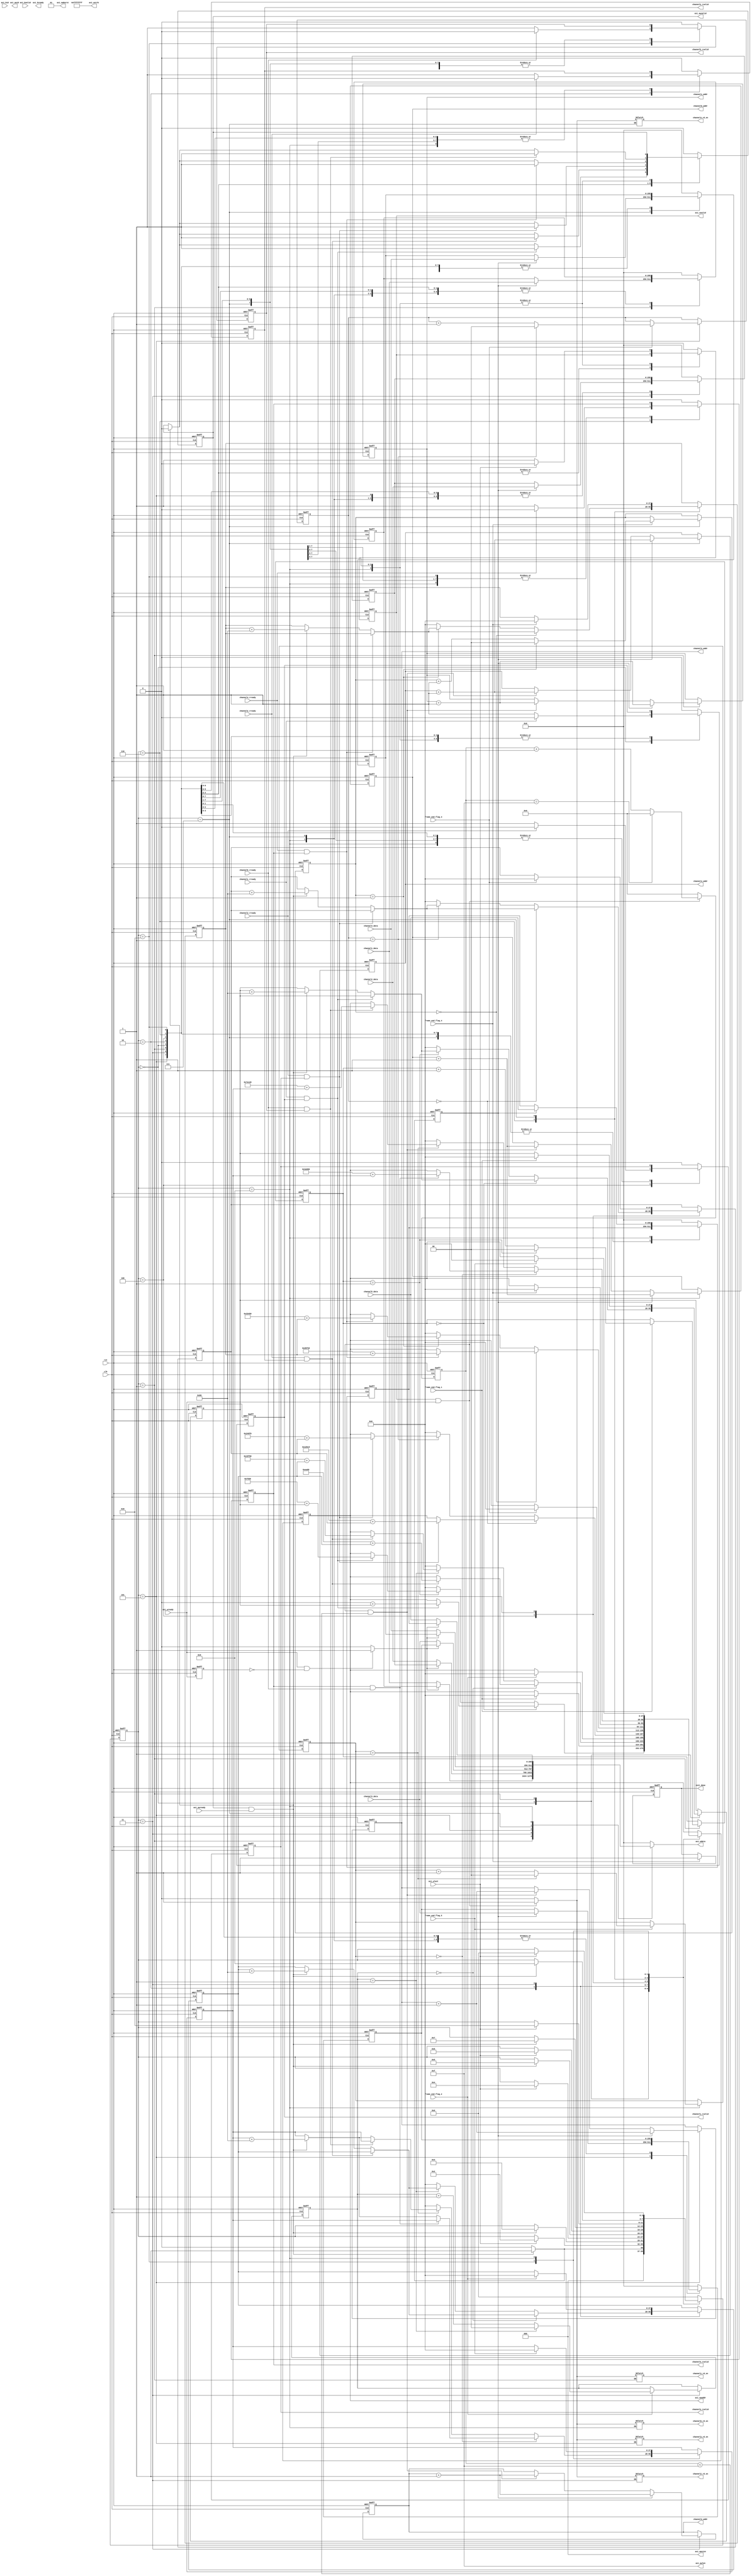
/* =======================================================================
* Copyright (c) 2023, MongooseOrion.
* All rights reserved.
*
* The following code snippet may contain portions that are derived from
* OPEN-SOURCE communities, and these portions will be licensed with: 
*
* <NULL>
*
* If there is no OPEN-SOURCE licenses are listed, it indicates none of
* content in this Code document is sourced from OPEN-SOURCE communities. 
*
* In this case, the document is protected by copyright, and any use of
* all or part of its content by individuals, organizations, or companies
* without authorization is prohibited, unless the project repository
* associated with this document has added relevant OPEN-SOURCE licenses
* by github.com/MongooseOrion. 
*
* Please make sure using the content of this document in accordance with 
* the respective OPEN-SOURCE licenses. 
* 
* THIS CODE IS PROVIDED BY https://github.com/MongooseOrion. 
* FILE ENCODER TYPE: GBK
* ========================================================================
*/
//  AXI  ddr 
//
module axi_interconnect_wr #(
    parameter MEM_ROW_WIDTH        = 15    ,
    parameter MEM_COLUMN_WIDTH     = 10    ,
    parameter MEM_BANK_WIDTH       = 3     ,
    parameter CTRL_ADDR_WIDTH = MEM_ROW_WIDTH + MEM_BANK_WIDTH + MEM_COLUMN_WIDTH,
    parameter M_ADDR_WIDTH      = 5'd5,             // buf 
    parameter S_ADDR_WIDTH      = 6'd40,
    parameter AXI_ADDR_WIDTH    = 6'd27,
    parameter DQ_WIDTH          = 12'd32,
    parameter BURST_LEN         = 12'd16,
    parameter PIX_WIDTH         = 12'd16,
    parameter LINE_ADDR_WIDTH   = 16'd19,
    parameter FRAME_CNT_WIDTH   = 16'd8
)(
    input                               clk,                // ddr core clk
    input                               rst,
    //  1
    output reg  [M_ADDR_WIDTH-1'b1:0]   channel1_addr   ,
    output reg                          channel1_rvalid ,
    output reg                          channel1_rd_en  ,
    input                               channel1_rready ,
    input       [DQ_WIDTH*8-1'b1:0]     channel1_data   ,
    input                               frame_end_flag_1,
    //  2
    output reg  [M_ADDR_WIDTH-1'b1:0]   channel2_addr   ,
    output reg                          channel2_rvalid ,
    output reg                          channel2_rd_en  ,
    input                               channel2_rready ,
    input       [DQ_WIDTH*8-1'b1:0]     channel2_data   ,
    input                               frame_end_flag_2,
    //  3
    output reg  [M_ADDR_WIDTH-1'b1:0]   channel3_addr   ,
    output reg                          channel3_rvalid ,
    output reg                          channel3_rd_en  ,
    input                               channel3_rready ,
    input       [DQ_WIDTH*8-1'b1:0]     channel3_data   ,
    input                               frame_end_flag_3,
    //  4
    output reg  [M_ADDR_WIDTH-1'b1:0]   channel4_addr   ,
    output reg                          channel4_rvalid ,
    output reg                          channel4_rd_en  ,
    input                               channel4_rready ,
    input       [DQ_WIDTH*8-1'b1:0]     channel4_data   ,
    input                               frame_end_flag_4,
    //  5
    output reg  [M_ADDR_WIDTH-1'b1:0]   channel5_addr   ,
    output reg                          channel5_rvalid ,
    output reg                          channel5_rd_en  ,
    input                               channel5_rready ,
    input       [DQ_WIDTH*8-1'b1:0]     channel5_data   ,
    input                               frame_end_flag_5,

    output reg                          init_done       /*synthesis PAP_MARK_DEBUG="1"*/,

    // AXI WRITE INTERFACE
    output [CTRL_ADDR_WIDTH-1:0]        axi_awaddr      ,
    output [3:0]                        axi_awid        ,
    output [3:0]                        axi_awlen       ,
    output [2:0]                        axi_awsize      ,
    output [1:0]                        axi_awburst     ,
    input                               axi_awready     ,
    output                              axi_awvalid     ,

    output [DQ_WIDTH*8-1'b1:0]          axi_wdata       ,
    output [DQ_WIDTH -1'b1 :0]          axi_wstrb       ,
    input                               axi_wlast       ,
    output                              axi_wvalid      ,
    input                               axi_wready      ,

    input  [3:0]                        axi_bid         ,
    input                               axi_bvalid      ,
    output                              axi_bready      
);

parameter   INIT_WAIT = 4'b0000,       // 
            CH_1 = 4'b0001,
            CH2_WAIT = 4'b0010,
            CH_2 = 4'b0011,
            CH3_WAIT = 4'b0100,
            CH_3 = 4'b0101,
            CH4_WAIT = 4'b0110,
            CH_4 = 4'b0111,
            CH5_WAIT = 4'b1000,
            CH_5 = 4'b1001;
// 
parameter FRAME_ADDR_OFFSET_1 = 'd30_000;
parameter FRAME_ADDR_OFFSET_2 = 'd260_000;
parameter   ADDR_OFFSET_1 = 'd0,                    
            ADDR_OFFSET_2 = FRAME_ADDR_OFFSET_1 * 2,  
            ADDR_OFFSET_3 = ADDR_OFFSET_2 + 2 * (FRAME_ADDR_OFFSET_1),      // 
            ADDR_OFFSET_4 = ADDR_OFFSET_3 + 2 * (FRAME_ADDR_OFFSET_1),
            ADDR_OFFSET_5 = ADDR_OFFSET_4 + 2 * (FRAME_ADDR_OFFSET_1);
parameter ADDR_STEP = BURST_LEN * 8;       // 1  32  DQ 

wire                            pose_axi_wready ;

reg [CTRL_ADDR_WIDTH-1:0]       reg_axi_awaddr  ;
reg                             reg_axi_awvalid ;
reg [DQ_WIDTH*8-1'b1:0]         reg_axi_wdata   ;
reg                             reg_axi_wvalid  ;
reg                             reg_axi_bready  ;
reg                             reg_axi_rready  ;

reg [3:0]                       buf_rd_state        ;
reg                             axi_wr_en           ;
reg                             axi_wready_temp     ;
reg [4:0]                       burst_len_count     ;
reg                             addr_head_flag      ;
reg [DQ_WIDTH*8-1'b1:0]         channel1_data_d1    ;
reg [DQ_WIDTH*8-1'b1:0]         channel2_data_d1    ;
reg [DQ_WIDTH*8-1'b1:0]         channel3_data_d1    ;
reg [DQ_WIDTH*8-1'b1:0]         channel4_data_d1    ;
reg [DQ_WIDTH*8-1'b1:0]         channel5_data_d1    ;
reg [1:0]                       frame_addr_count_1  ;
reg [1:0]                       frame_addr_count_2  ;
reg [1:0]                       frame_addr_count_3  ;
reg [1:0]                       frame_addr_count_4  ;
reg [1:0]                       frame_addr_count_5  ;
reg [CTRL_ADDR_WIDTH-1:0]       reg_axi_awaddr_1    ;
reg [CTRL_ADDR_WIDTH-1:0]       reg_axi_awaddr_2    ;
reg [CTRL_ADDR_WIDTH-1:0]       reg_axi_awaddr_3    ;
reg [CTRL_ADDR_WIDTH-1:0]       reg_axi_awaddr_4    ;
reg [CTRL_ADDR_WIDTH-1:0]       reg_axi_awaddr_5    ;

assign axi_awaddr   = reg_axi_awaddr        ;
assign axi_awvalid  = reg_axi_awvalid       ;
assign axi_awlen    = BURST_LEN - 1'b1      ;   // 16
assign axi_awsize   = DQ_WIDTH              ;   // DATA_LEN = 256
assign axi_awburst  = 2'b01                 ;
assign axi_wdata    = reg_axi_wdata         ;
assign axi_wvalid   = reg_axi_wvalid        ;
assign axi_wstrb    = {DQ_WIDTH{1'b1}}      ;
assign axi_bready   = reg_axi_bready        ;


// 
always @(posedge clk or negedge rst) begin
    if(!rst) begin
        buf_rd_state <= 'b0;
    end
    else begin
        case(buf_rd_state)
            INIT_WAIT: begin                //  buf  axi 
                if((axi_awvalid == 1'b1) && (axi_awready == 1'b1)) begin
                    buf_rd_state <= CH_1;
                end
                else begin
                    buf_rd_state <= INIT_WAIT;
                end
            end
            CH_1: begin                     //  buf  axi 
                //if((axi_bready == 1'b1) && (axi_bvalid == 1'b1)) begin
                if(axi_wlast) begin
                    buf_rd_state <= CH2_WAIT;
                end
                else begin
                    buf_rd_state <= buf_rd_state;
                end
            end
            CH2_WAIT: begin
                if((axi_awvalid == 1'b1) && (axi_awready == 1'b1)) begin
                    buf_rd_state <= CH_2;
                end
                else begin
                    buf_rd_state <= buf_rd_state;
                end
            end
            CH_2: begin
                //if((axi_bready == 1'b1) && (axi_bvalid == 1'b1)) begin
                if(axi_wlast) begin
                    buf_rd_state <= CH3_WAIT;
                end
                else begin
                    buf_rd_state <= buf_rd_state;
                end
            end
            CH3_WAIT: begin
                if((axi_awvalid == 1'b1) && (axi_awready == 1'b1)) begin
                    buf_rd_state <= CH_3;
                end
                else begin
                    buf_rd_state <= buf_rd_state;
                end
            end
            CH_3: begin
                //if((axi_bready == 1'b1) && (axi_bvalid == 1'b1)) begin
                if(axi_wlast) begin
                    buf_rd_state <= CH4_WAIT;
                end
                else begin
                    buf_rd_state <= buf_rd_state;
                end
            end
            CH4_WAIT: begin
                if((axi_awvalid == 1'b1) && (axi_awready == 1'b1)) begin
                    buf_rd_state <= CH_4;
                end
                else begin
                    buf_rd_state <= buf_rd_state;
                end
            end
            CH_4: begin
                //if((axi_bready == 1'b1) && (axi_bvalid == 1'b1))begin
                if(axi_wlast) begin
                    buf_rd_state <= CH5_WAIT;
                end
                else begin
                    buf_rd_state <= buf_rd_state;
                end
            end
            CH5_WAIT: begin
                if((axi_awvalid == 1'b1) && (axi_awready == 1'b1)) begin
                    buf_rd_state <= CH_5;
                end
                else begin
                    buf_rd_state <= buf_rd_state;
                end
            end
            CH_5: begin
                //if((axi_bready == 1'b1) && (axi_bvalid == 1'b1)) begin
                if(axi_wlast) begin
                    buf_rd_state <= INIT_WAIT;
                end
                else begin
                    buf_rd_state <= buf_rd_state;
                end
            end
            default: buf_rd_state <= INIT_WAIT;
        endcase
    end
end


// 
always @(posedge clk or negedge rst) begin
    if(!rst) begin
        channel1_rvalid <= 'b0;
        channel2_rvalid <= 'b0;
        channel3_rvalid <= 'b0;
        channel4_rvalid <= 'b0;
        channel5_rvalid <= 'b0;
        reg_axi_awvalid <= 'b0;
        reg_axi_wvalid <= 'b0;
    end
    else begin
        case(buf_rd_state)
            INIT_WAIT: begin
                if(channel1_rready) begin               // buf 
                    channel1_rvalid <= 1'b0;
                end
                else begin
                    channel1_rvalid <= 1'b1;
                end
                if((channel1_rready == 1'b1) && (channel1_rvalid == 1'b1)) begin    // axi 
                    reg_axi_awvalid <= 1'b1;
                end
                else if((axi_awready == 1'b1) && (axi_awvalid == 1'b1)) begin
                    reg_axi_awvalid <= 1'b0;
                end
                else begin
                    reg_axi_awvalid <= reg_axi_awvalid;
                end
            end
            CH_1: begin
                if(axi_wlast) begin
                    reg_axi_wvalid <= 1'b0;
                end
                else begin
                    reg_axi_wvalid <= 1'b1;
                end
            end
            CH2_WAIT: begin
                if(channel2_rready) begin               // buf 
                    channel2_rvalid <= 1'b0;
                end
                else begin
                    channel2_rvalid <= 1'b1;
                end
                if((channel2_rready == 1'b1) && (channel2_rvalid == 1'b1)) begin    // axi 
                    reg_axi_awvalid <= 1'b1;
                end
                else if((axi_awready == 1'b1) && (axi_awvalid == 1'b1)) begin
                    reg_axi_awvalid <= 1'b0;
                end
                else begin
                    reg_axi_awvalid <= reg_axi_awvalid;
                end
            end
            CH_2: begin
                if(axi_wlast) begin
                    reg_axi_wvalid <= 1'b0;
                end
                else begin
                    reg_axi_wvalid <= 1'b1;
                end
            end
            CH3_WAIT: begin
                if(channel3_rready) begin               // buf 
                    channel3_rvalid <= 1'b0;
                end
                else begin
                    channel3_rvalid <= 1'b1;
                end
                if((channel3_rready == 1'b1) && (channel3_rvalid == 1'b1)) begin    // axi 
                    reg_axi_awvalid <= 1'b1;
                end
                else if((axi_awready == 1'b1) && (axi_awvalid == 1'b1)) begin
                    reg_axi_awvalid <= 1'b0;
                end
                else begin
                    reg_axi_awvalid <= reg_axi_awvalid;
                end
            end
            CH_3: begin
                if(axi_wlast) begin
                    reg_axi_wvalid <= 1'b0;
                end
                else begin
                    reg_axi_wvalid <= 1'b1;
                end
            end
            CH4_WAIT: begin
                if(channel4_rready) begin               // buf 
                    channel4_rvalid <= 1'b0;
                end
                else begin
                    channel4_rvalid <= 1'b1;
                end
                if((channel4_rready == 1'b1) && (channel4_rvalid == 1'b1)) begin    // axi 
                    reg_axi_awvalid <= 1'b1;
                end
                else if((axi_awready == 1'b1) && (axi_awvalid == 1'b1)) begin
                    reg_axi_awvalid <= 1'b0;
                end
                else begin
                    reg_axi_awvalid <= reg_axi_awvalid;
                end
            end
            CH_4: begin
                if(axi_wlast) begin
                    reg_axi_wvalid <= 1'b0;
                end
                else begin
                    reg_axi_wvalid <= 1'b1;
                end
            end
            CH5_WAIT: begin
                if(channel5_rready) begin               // buf 
                    channel5_rvalid <= 1'b0;
                end
                else begin
                    channel5_rvalid <= 1'b1;
                end
                if((channel5_rready == 1'b1) && (channel5_rvalid == 1'b1)) begin    // axi 
                    reg_axi_awvalid <= 1'b1;
                end
                else if((axi_awready == 1'b1) && (axi_awvalid == 1'b1)) begin
                    reg_axi_awvalid <= 1'b0;
                end
                else begin
                    reg_axi_awvalid <= reg_axi_awvalid;
                end
            end
            CH_5: begin
                if(axi_wlast) begin
                    reg_axi_wvalid <= 1'b0;
                end
                else begin
                    reg_axi_wvalid <= 1'b1;
                end
            end
            default: begin
                channel1_rvalid <= 1'b0;
                channel2_rvalid <= 1'b0;
                channel3_rvalid <= 1'b0;
                channel4_rvalid <= 1'b0;
                channel5_rvalid <= 1'b0;
                reg_axi_awvalid <= 1'b0;
                reg_axi_wvalid <= 1'b0;
            end
        endcase
    end
end


// 
always @(posedge clk or negedge rst) begin
    if(!rst) begin
        burst_len_count <= 'b0;
    end
    else if((axi_wvalid == 1'b1) && (axi_wready == 1'b1)) begin
        if(burst_len_count == BURST_LEN - 1'b1) begin
            burst_len_count <= 'b0;
        end
        else begin
            burst_len_count <= burst_len_count + 1'b1;
        end
    end
    else begin
        burst_len_count <= 5'b0;
    end
end


//  buf 
always @(posedge clk or negedge rst) begin
    if(!rst) begin
        addr_head_flag <= 'b0;
    end
    else if((axi_awvalid == 1'b1) && (axi_awready == 1'b1)) begin
        addr_head_flag <= 1'b1;
    end
    else begin
        addr_head_flag <= 1'b0;
    end
end


// wready 
always @(posedge clk or negedge rst) begin
    if(!rst) begin
        axi_wready_temp <= 'b0;
    end
    else begin
        axi_wready_temp <= axi_wready;
    end
end
assign pose_axi_wready = ((axi_wready) && (~axi_wready_temp)) ? 1'b1 : 1'b0;


//  buf 
always @(*) begin
    case(buf_rd_state)
        CH_1: channel1_rd_en = (axi_wvalid && axi_wready) ? 1'b1: 1'b0;
        CH_2: channel2_rd_en = (axi_wvalid && axi_wready) ? 1'b1: 1'b0;
        CH_3: channel3_rd_en = (axi_wvalid && axi_wready) ? 1'b1: 1'b0;
        CH_4: channel4_rd_en = (axi_wvalid && axi_wready) ? 1'b1: 1'b0;
        CH_5: channel5_rd_en = (axi_wvalid && axi_wready) ? 1'b1: 1'b0;
    endcase
end


// buffer AXI  wvalid 
always @(posedge clk or negedge rst) begin
    if(!rst) begin
        channel1_addr <= 'b0;
        channel2_addr <= 'b0;
        channel3_addr <= 'b0;
        channel4_addr <= 'b0;
        channel5_addr <= 'b0;
        frame_addr_count_1 <= 'b0;
        frame_addr_count_2 <= 'b0;
        frame_addr_count_3 <= 'b0;
        frame_addr_count_4 <= 'b0;
        frame_addr_count_5 <= 'b0;
        reg_axi_awaddr_1 <= 'b0;
        reg_axi_awaddr_2 <= 'b0;
        reg_axi_awaddr_3 <= 'b0;
        reg_axi_awaddr_4 <= 'b0;
        reg_axi_awaddr_5 <= 'b0;
        reg_axi_awaddr <= 'b0;
        channel1_data_d1 <= 'b0;
        channel2_data_d1 <= 'b0;
        channel3_data_d1 <= 'b0;
        channel4_data_d1 <= 'b0;
        channel5_data_d1 <= 'b0;
    end
    else begin
        case(buf_rd_state)
            INIT_WAIT: begin
                if(frame_addr_count_1 == 2'd0) begin
                    if((channel1_rvalid == 1'b1) && (channel1_rready == 1'b1)) begin
                        reg_axi_awaddr <= ADDR_OFFSET_1 + reg_axi_awaddr_1;         // 
                    end
                    else if((axi_awvalid == 1'b1) && (axi_awready == 1'b1)) begin
                        reg_axi_awaddr_1 <= reg_axi_awaddr_1 + ADDR_STEP;
                    end
                    else begin
                        reg_axi_awaddr_1 <= reg_axi_awaddr_1;
                        reg_axi_awaddr <= reg_axi_awaddr;
                    end
                end
                else if(frame_addr_count_1 == 2'd1) begin
                    if((channel1_rvalid == 1'b1) && (channel1_rready == 1'b1)) begin
                        reg_axi_awaddr <= ADDR_OFFSET_1 + FRAME_ADDR_OFFSET_1 + reg_axi_awaddr_1;
                    end
                    else if((axi_awvalid == 1'b1) && (axi_awready == 1'b1)) begin
                        reg_axi_awaddr_1 <= reg_axi_awaddr_1 + ADDR_STEP;
                    end
                    else begin
                        reg_axi_awaddr_1 <= reg_axi_awaddr_1;
                        reg_axi_awaddr <= reg_axi_awaddr;
                    end
                end
                else begin
                    reg_axi_awaddr_1 <= 'b0;
                    reg_axi_awaddr <= 'b0;
                end
            end
            CH_1: begin
                if(addr_head_flag) begin
                    channel1_addr <= channel1_addr + 1'b1;
                    channel1_data_d1 <= channel1_data;
                end
                else if((axi_wvalid == 1'b1) && (axi_wready == 1'b1) && (burst_len_count < BURST_LEN - 1'b1)) begin
                    channel1_addr <= channel1_addr + 1'b1;
                end
                else begin
                    channel1_addr <= channel1_addr;
                end
                if(frame_end_flag_1) begin 
                    reg_axi_awaddr_1 <= 'b0;                    // 
                    reg_axi_awaddr <= 'b0;
                    if(frame_addr_count_1 == 2'd1) begin        // 
                        frame_addr_count_1 <= 2'b0;
                    end
                    else begin
                        frame_addr_count_1 <= frame_addr_count_1 + 1'b1;
                    end
                end
                else begin
                    reg_axi_awaddr_1 <= reg_axi_awaddr_1;
                    frame_addr_count_1 <= frame_addr_count_1;
                end
            end
            CH2_WAIT: begin
                if(frame_addr_count_2 == 2'd0) begin
                    if((channel2_rvalid == 1'b1) && (channel2_rready == 1'b1)) begin
                        reg_axi_awaddr <= ADDR_OFFSET_2 + reg_axi_awaddr_2;         // 
                    end
                    else if((axi_awvalid == 1'b1) && (axi_awready == 1'b1)) begin
                        reg_axi_awaddr_2 <= reg_axi_awaddr_2 + ADDR_STEP;
                    end
                    else begin
                        reg_axi_awaddr_2 <= reg_axi_awaddr_2;
                        reg_axi_awaddr <= reg_axi_awaddr;
                    end
                end
                else if(frame_addr_count_2 == 2'd1) begin
                    if((channel2_rvalid == 1'b1) && (channel2_rready == 1'b1)) begin
                        reg_axi_awaddr <= ADDR_OFFSET_2 + FRAME_ADDR_OFFSET_1 + reg_axi_awaddr_2;
                    end
                    else if((axi_awvalid == 1'b1) && (axi_awready == 1'b1)) begin
                        reg_axi_awaddr_2 <= reg_axi_awaddr_2 + ADDR_STEP;
                    end
                    else begin
                        reg_axi_awaddr_2 <= reg_axi_awaddr_2;
                        reg_axi_awaddr <= reg_axi_awaddr;
                    end
                end
                else begin
                    reg_axi_awaddr_2 <= 'b0;
                    reg_axi_awaddr <= 'b0;
                end
            end
            CH_2: begin
                if(addr_head_flag) begin
                    channel2_addr <= channel2_addr + 1'b1;
                    channel2_data_d1 <= channel2_data;
                end
                else if((axi_wvalid == 1'b1) && (axi_wready == 1'b1) && (burst_len_count < BURST_LEN - 1'b1)) begin
                    channel2_addr <= channel2_addr + 1'b1;
                end
                else begin
                    channel2_addr <= channel2_addr;
                end
                if(frame_end_flag_2) begin 
                    reg_axi_awaddr_2 <= 'b0;                    // 
                    reg_axi_awaddr <= 'b0;
                    if(frame_addr_count_2 == 2'd1) begin        // 
                        frame_addr_count_2 <= 2'b0;
                    end
                    else begin
                        frame_addr_count_2 <= frame_addr_count_2 + 1'b1;
                    end
                end
                else begin
                    reg_axi_awaddr_2 <= reg_axi_awaddr_2;
                    frame_addr_count_2 <= frame_addr_count_2;
                end
            end
            CH3_WAIT: begin
                if(frame_addr_count_3 == 2'd0) begin
                    if((channel3_rvalid == 1'b1) && (channel3_rready == 1'b1)) begin
                        reg_axi_awaddr <= ADDR_OFFSET_3 + reg_axi_awaddr_3;         // 
                    end
                    else if((axi_awvalid == 1'b1) && (axi_awready == 1'b1)) begin
                        reg_axi_awaddr_3 <= reg_axi_awaddr_3 + ADDR_STEP;
                    end
                    else begin
                        reg_axi_awaddr_3 <= reg_axi_awaddr_3;
                        reg_axi_awaddr <= reg_axi_awaddr;
                    end
                end
                else if(frame_addr_count_3 == 2'd1) begin
                    if((channel3_rvalid == 1'b1) && (channel3_rready == 1'b1)) begin
                        reg_axi_awaddr <= ADDR_OFFSET_3 + FRAME_ADDR_OFFSET_1 + reg_axi_awaddr_3;
                    end
                    else if((axi_awvalid == 1'b1) && (axi_awready == 1'b1)) begin
                        reg_axi_awaddr_3 <= reg_axi_awaddr_3 + ADDR_STEP;
                    end
                    else begin
                        reg_axi_awaddr_3 <= reg_axi_awaddr_3;
                        reg_axi_awaddr <= reg_axi_awaddr;
                    end
                end
                else begin
                    reg_axi_awaddr_3 <= 'b0;
                    reg_axi_awaddr <= 'b0;
                end
            end
            CH_3: begin
                if(addr_head_flag) begin
                    channel3_addr <= channel3_addr + 1'b1;
                    channel3_data_d1 <= channel3_data;
                end
                else if((axi_wvalid == 1'b1) && (axi_wready == 1'b1) && (burst_len_count < BURST_LEN - 1'b1)) begin
                    channel3_addr <= channel3_addr + 1'b1;
                end
                else begin
                    channel3_addr <= channel3_addr;
                end
                if(frame_end_flag_3) begin 
                    reg_axi_awaddr_3 <= 'b0;                    // 
                    reg_axi_awaddr <= 'b0;
                    if(frame_addr_count_3 == 2'd1) begin        // 
                        frame_addr_count_3 <= 2'b0;
                    end
                    else begin
                        frame_addr_count_3 <= frame_addr_count_3 + 1'b1;
                    end
                end
                else begin
                    reg_axi_awaddr_3 <= reg_axi_awaddr_3;
                    frame_addr_count_3 <= frame_addr_count_3;
                end
            end
            CH4_WAIT: begin
                if(frame_addr_count_4 == 2'd0) begin
                    if((channel4_rvalid == 1'b1) && (channel4_rready == 1'b1)) begin
                        reg_axi_awaddr <= ADDR_OFFSET_4 + reg_axi_awaddr_4;         // 
                    end
                    else if((axi_awvalid == 1'b1) && (axi_awready == 1'b1)) begin
                        reg_axi_awaddr_4 <= reg_axi_awaddr_4 + ADDR_STEP;
                    end
                    else begin
                        reg_axi_awaddr_4 <= reg_axi_awaddr_4;
                        reg_axi_awaddr <= reg_axi_awaddr;
                    end
                end
                else if(frame_addr_count_4 == 2'd1) begin
                    if((channel4_rvalid == 1'b1) && (channel4_rready == 1'b1)) begin
                        reg_axi_awaddr <= ADDR_OFFSET_4 + FRAME_ADDR_OFFSET_1 + reg_axi_awaddr_4;
                    end
                    else if((axi_awvalid == 1'b1) && (axi_awready == 1'b1)) begin
                        reg_axi_awaddr_4 <= reg_axi_awaddr_4 + ADDR_STEP;
                    end
                    else begin
                        reg_axi_awaddr_4 <= reg_axi_awaddr_4;
                        reg_axi_awaddr <= reg_axi_awaddr;
                    end
                end
                else begin
                    reg_axi_awaddr_4 <= 'b0;
                    reg_axi_awaddr <= 'b0;
                end
            end
            CH_4: begin
                if(addr_head_flag) begin
                    channel4_addr <= channel4_addr + 1'b1;
                    channel4_data_d1 <= channel4_data;
                end
                else if((axi_wvalid == 1'b1) && (axi_wready == 1'b1) && (burst_len_count < BURST_LEN - 1'b1)) begin
                    channel4_addr <= channel4_addr + 1'b1;
                end
                else begin
                    channel4_addr <= channel4_addr;
                end
                if(frame_end_flag_4) begin 
                    reg_axi_awaddr_4 <= 'b0;                    // 
                    reg_axi_awaddr <= 'b0;
                    if(frame_addr_count_4 == 2'd1) begin        // 
                        frame_addr_count_4 <= 2'b0;
                    end
                    else begin
                        frame_addr_count_4 <= frame_addr_count_4 + 1'b1;
                    end
                end
                else begin
                    reg_axi_awaddr_4 <= reg_axi_awaddr_4;
                    frame_addr_count_4 <= frame_addr_count_4;
                end
            end
            CH5_WAIT: begin
                if(frame_addr_count_5 == 2'd0) begin
                    if((channel4_rvalid == 1'b1) && (channel5_rready == 1'b1)) begin
                        reg_axi_awaddr <= ADDR_OFFSET_5 + reg_axi_awaddr_5;         // 
                    end
                    else if((axi_awvalid == 1'b1) && (axi_awready == 1'b1)) begin
                        reg_axi_awaddr_5 <= reg_axi_awaddr_5 + ADDR_STEP;
                    end
                    else begin
                        reg_axi_awaddr_5 <= reg_axi_awaddr_5;
                        reg_axi_awaddr <= reg_axi_awaddr;
                    end
                end
                else if(frame_addr_count_5 == 2'd1) begin
                    if((channel5_rvalid == 1'b1) && (channel5_rready == 1'b1)) begin
                        reg_axi_awaddr <= ADDR_OFFSET_5 + FRAME_ADDR_OFFSET_2 + reg_axi_awaddr_5;
                    end
                    else if((axi_awvalid == 1'b1) && (axi_awready == 1'b1)) begin
                        reg_axi_awaddr_5 <= reg_axi_awaddr_5 + ADDR_STEP;
                    end
                    else begin
                        reg_axi_awaddr_5 <= reg_axi_awaddr_5;
                        reg_axi_awaddr <= reg_axi_awaddr;
                    end
                end
                else begin
                    reg_axi_awaddr_5 <= 'b0;
                    reg_axi_awaddr <= 'b0;
                end
            end
            CH_5: begin
                if(addr_head_flag) begin
                    channel5_addr <= channel5_addr + 1'b1;
                    channel5_data_d1 <= channel5_data;
                end
                else if((axi_wvalid == 1'b1) && (axi_wready == 1'b1) && (burst_len_count < BURST_LEN - 1'b1)) begin
                    channel5_addr <= channel5_addr + 1'b1;
                end
                else begin
                    channel5_addr <= channel5_addr;
                end
                if(frame_end_flag_5) begin 
                    reg_axi_awaddr_5 <= 'b0;                    // 
                    reg_axi_awaddr <= 'b0;
                    if(frame_addr_count_5 == 2'd1) begin        // 
                        frame_addr_count_5 <= 2'b0;
                    end
                    else begin
                        frame_addr_count_5 <= frame_addr_count_5 + 1'b1;
                    end
                end
                else begin
                    reg_axi_awaddr_5 <= reg_axi_awaddr_5;
                    frame_addr_count_5 <= frame_addr_count_5;
                end
            end
            default: begin
                channel1_addr <= channel1_addr;
                channel2_addr <= channel2_addr;
                channel3_addr <= channel3_addr;
                channel4_addr <= channel4_addr;
                channel5_addr <= channel5_addr;
                frame_addr_count_1 <= frame_addr_count_1;
                frame_addr_count_2 <= frame_addr_count_2;
                frame_addr_count_3 <= frame_addr_count_3;
                frame_addr_count_4 <= frame_addr_count_4;
                frame_addr_count_5 <= frame_addr_count_5;
                reg_axi_awaddr_1 <= reg_axi_awaddr_1;
                reg_axi_awaddr_2 <= reg_axi_awaddr_2;
                reg_axi_awaddr_3 <= reg_axi_awaddr_3;
                reg_axi_awaddr_4 <= reg_axi_awaddr_4;
                reg_axi_awaddr_5 <= reg_axi_awaddr_5;
                reg_axi_awaddr <= reg_axi_awaddr;
                channel1_data_d1 <= 'b0;
                channel2_data_d1 <= 'b0;
                channel3_data_d1 <= 'b0;
                channel4_data_d1 <= 'b0;
                channel5_data_d1 <= 'b0;
            end
        endcase
    end
end


// 
always @(*) begin
    case(buf_rd_state)
        CH_1: reg_axi_wdata <= pose_axi_wready ? channel1_data_d1 : channel1_data;
        CH_2: reg_axi_wdata <= pose_axi_wready ? channel2_data_d1 : channel2_data;
        CH_3: reg_axi_wdata <= pose_axi_wready ? channel3_data_d1 : channel3_data;
        CH_4: reg_axi_wdata <= pose_axi_wready ? channel4_data_d1 : channel4_data;
        CH_5: reg_axi_wdata <= pose_axi_wready ? channel5_data_d1 : channel5_data;
        default: reg_axi_wdata <= 'b0;
    endcase
end


//  hdmi 
always @(posedge clk or negedge rst) begin
    if(!rst) begin
        init_done <= 'b0;
    end
    else if(frame_end_flag_4)begin
        init_done <= 1'b1;
    end
    else begin
        init_done <= init_done;
    end
end
                                                                                                                                                                            

endmodule